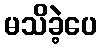
မသိခဲ့ပေ